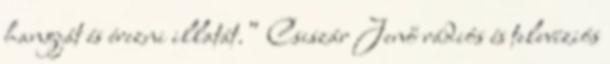
hangját és érezni illatát.” Csiszár Jenő rádiós és televíziós